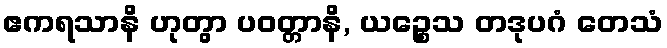
ဧကရသာနိ ဟုတွာ ပဝတ္တာနိ, ယဉ္စေသ တဒုပဂံ တေသံ